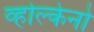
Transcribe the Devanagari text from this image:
व्होल्केनो